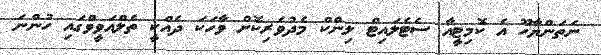
ނަތަންޔާހޫ އެ ކޮމިޓީއާ ސެޓެލައިޓް ލިންކް މެދުވެރިކޮށް ވާހަކަ ދެއްކީ ތެލްއަވީވްގައި ހުންނަ